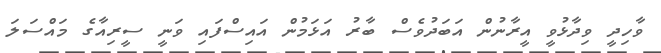
ވާހިދީ ވިދާޅުވީ އީރާނުން އަބަދުވެސް ބާރު އަޅަމުން އައިސްފައި ވަނީ ސީރިއާގެ މައްސަލަ